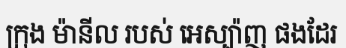
ក្រុង ម៉ានីល របស់ អេស្ប៉ាញ ផងដែរ